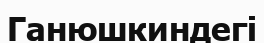
Ганюшкиндегі